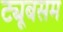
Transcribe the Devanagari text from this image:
ट्यूबसम